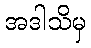
အဒါသိမှ